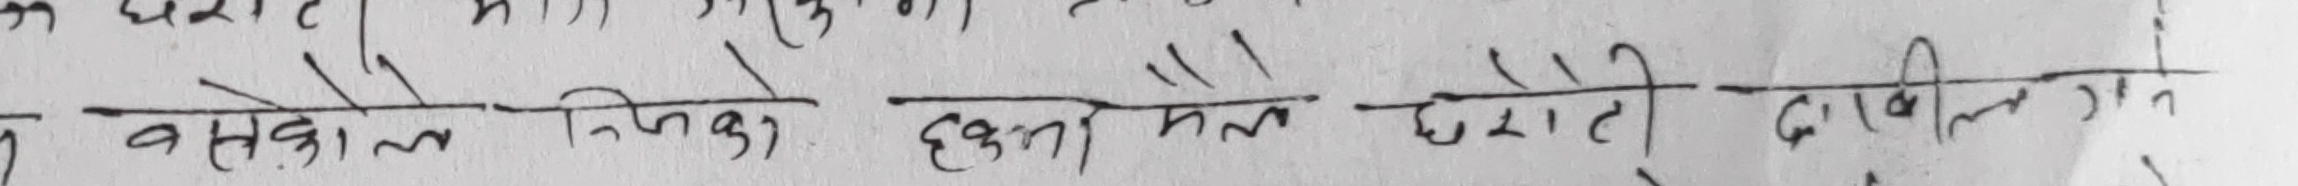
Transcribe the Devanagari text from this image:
बसेकोल निजको हेर्न मेल देखाती दाखिला न